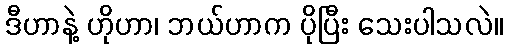
ဒီဟာနဲ့ ဟိုဟာ၊ ဘယ်ဟာက ပိုပြီး သေးပါသလဲ။